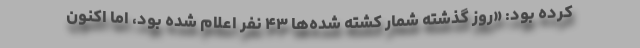
کرده بود: «روز گذشته شمار کشته شده‌ها ۴۳ نفر اعلام شده بود، اما اکنون